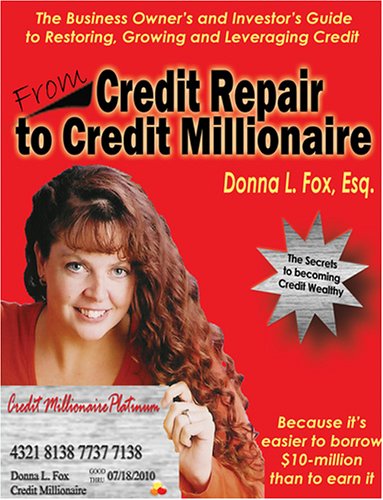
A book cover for From Credit Repair to Credit Millionaire; Donna L. Fox; Business & Money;